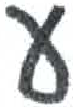
אות: ע